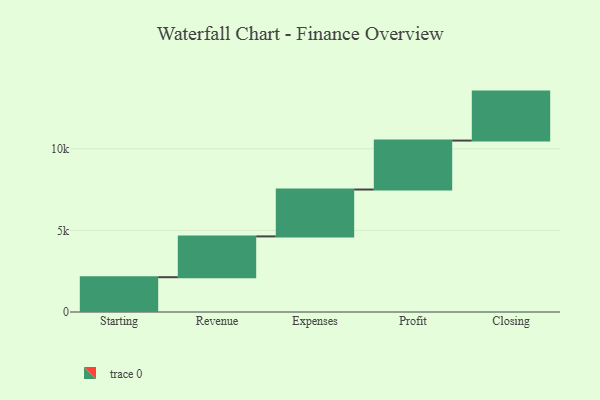
{"axis": {"x": "Step", "y": "Value"}, "legend": [""], "data": [{"x": "Starting", "y": 2132.0, "type": ""}, {"x": "Revenue", "y": 2499.0, "type": ""}, {"x": "Expenses", "y": 2872.0, "type": ""}, {"x": "Profit", "y": 3000, "type": ""}, {"x": "Closing", "y": 3000, "type": ""}]}